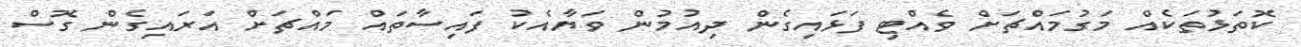
ކޮތަޅުތަކެއް މަގުމައްޗަށް ވެއްޓި ފަޅައިގެން ދިއުމުން ވަޔާއެކު ފައިސާތައް މައްޗަށް އަރައިގެން ގޮސް